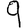
Digit: 9